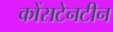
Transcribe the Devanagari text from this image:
कोंसटेनटीन